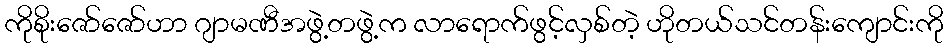
ကိုစိုးဇော်ဇော်ဟာ ဂျာမဏီအဖွဲ့တဖွဲ့က လာရောက်ဖွင့်လှစ်တဲ့ ဟိုတယ်သင်တန်းကျောင်းကို